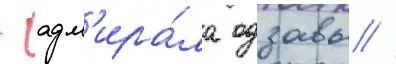
- адм'ира́ла одзавы //